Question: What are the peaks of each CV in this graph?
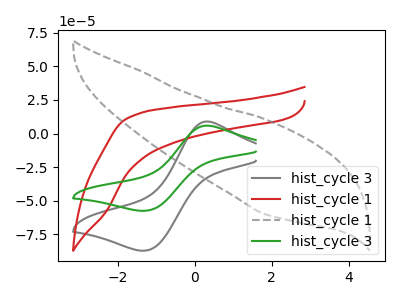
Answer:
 <answer>The gray curve "hist_cycle 3" has an anodic peak at (0.30V, 9.00uA) and a cathodic peak at (-1.30V, -87.10uA). The red curve "hist_cycle 1" has no peaks. The gray dashed curve "hist_cycle 1" has no peaks. The green curve "hist_cycle 3" has an anodic peak at (0.30V, 5.90uA) and a cathodic peak at (-1.30V, -57.45uA).</answer>
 <eval></eval>